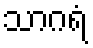
သာဂရံ